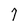
Character: 7